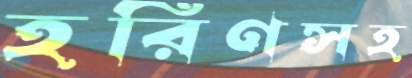
হরিণসহ